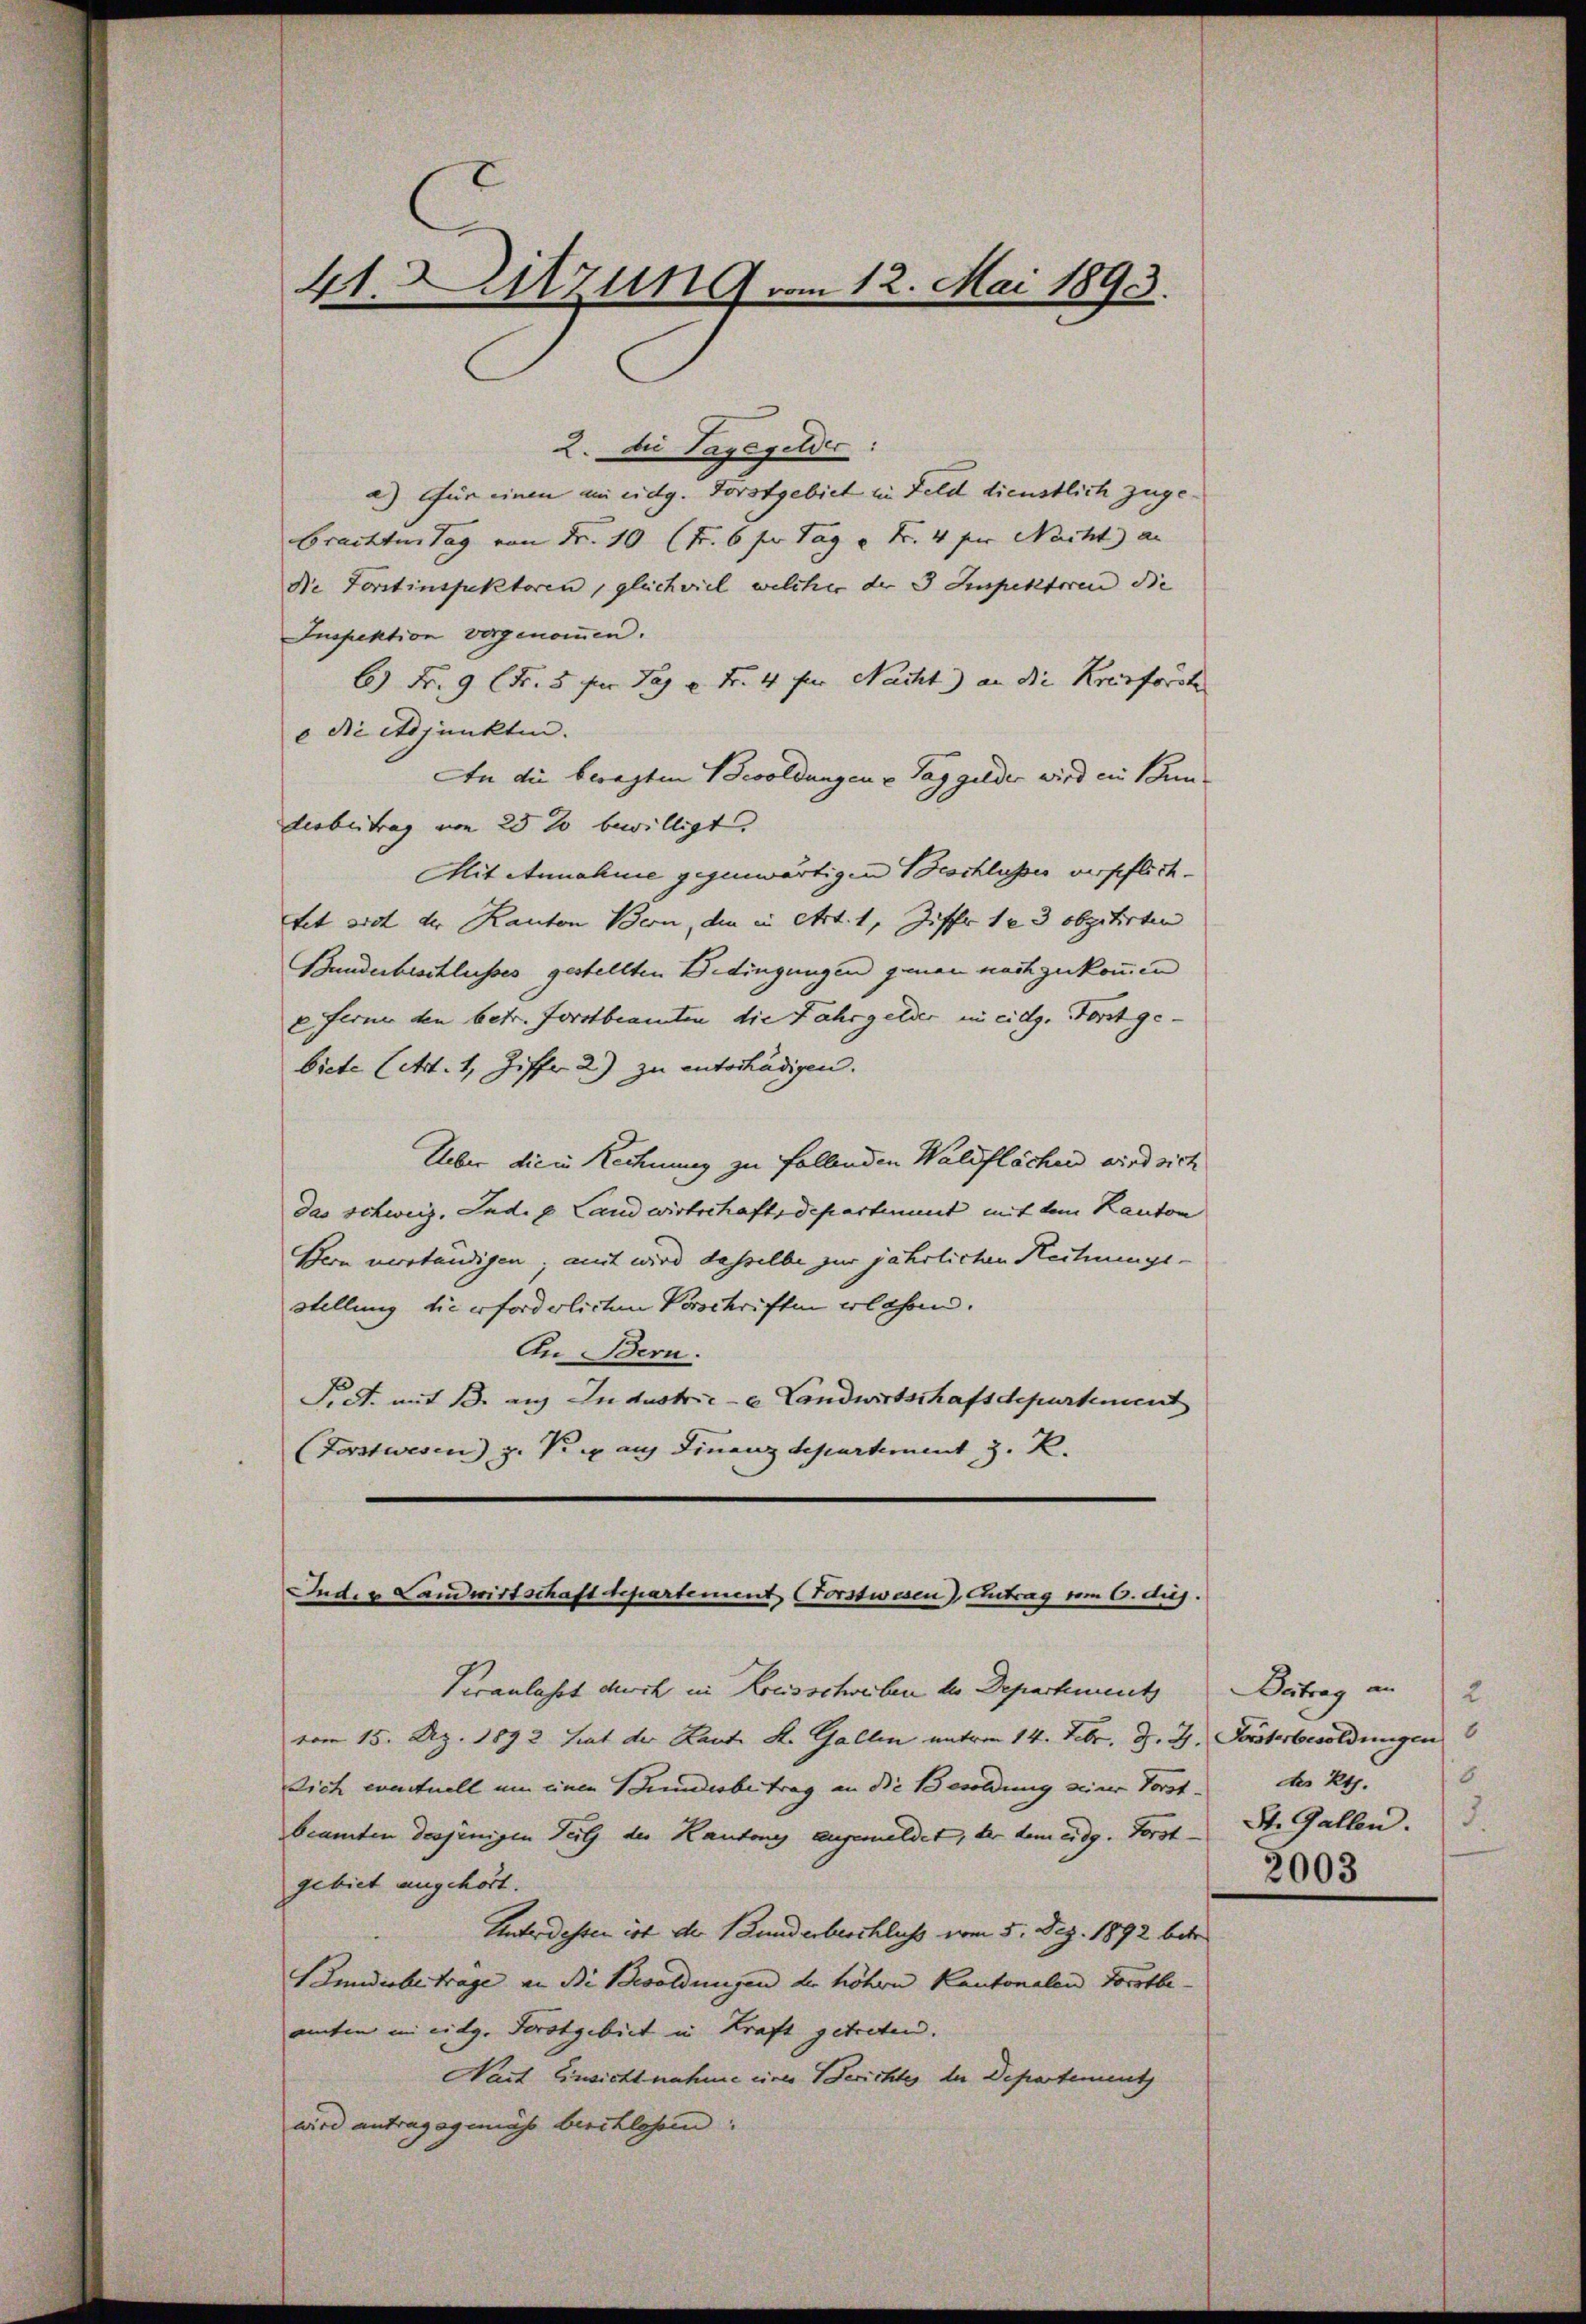
41. Sitzung vom 12. Mai 1893.

2. Die Taggelder:
a.) Für einen am eidg. Forstgebiet in Feld dienstlich zugebrachten Tag von Fr. 10 (Fr. 6 f Tag u. Fr. 4 für Nacht an
Die Forstinspektoren, gleichviel welcher der 3 Inspektoren die
Inspektion vorgenommen.
6) Fr. 9 Fr. 5 per Tag u. Fr. 4 für Nacht) an die Kreisforste
e die Adjunkten.
An die besagten Besoldungen u. Taggelder wird ein Bun-
derbeitrag von 25 % bewilligt.
Mit Annahme gegenwärtigen Beschlusses verpflichtet sich der Kanton Bern, die in etct. 1, Ziff. 123 obzitirten
Bunderbeschlusses gestellten Bedingungen genau nachzukommen
e Ferner den betr. Forstbeamten die Fahrgelder in eidg. Forst gebiete (Art. 1, Ziffer 2) zu entschädigen.
Ueber die in Rechnung zu fallenden Waldflächen wird sich
das schweiz. Lud. 8. Landwirtschaftsdepartement mit dem Kanton
Pfern verständigen; mit wird dasselbe zur jährlichen Rechnungsstellung die erforderlichen Vorschriften althan.
An Bern.
Fidt. mit 13. auf Industrie - Landwirtschafsdepartement
Forstwesen) z. Teig auf Finanz Separtement z. R.
Ind. u Landwirtschaft Departement Forstwesen) Antrag vom 6. duj.

Veranlasst durch in Kreisschreiben der Depackments
vom 15. Az. 1892 hat der Kaute K. Gallen unterm 14. Febr. d. J. Forsterbesoldungen
sich eventuell um einen Bruderbeitrag an die Besoldung seiner Vorst. des Kts.
beamten derjenigen Teil des Kantone angemeldet, der dem eidg. Forst-
gebiet angehört.
Unter dessen ist der Bunderbeschluss vom 5. Dez. 1892 betr
Imdieberträge an die Besoldungen der höhern Kantonalen Forstbe
amten in eidg. Forstgebiet in Kraft getreten.
Nait Einsichtnahme eines Berichte der Departement
wird antragsgemäss beschlossen:

Dertrag an
2.
6
St. Gallen.
3003